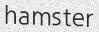
hamster